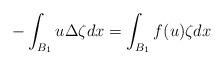
LaTeX: \begin{align*}-\int_{B_1}u\Delta \zeta dx=\int_{B_1}f(u)\zeta dx\end{align*}